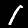
Digit: 1